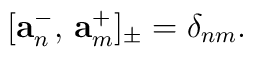
[\mathbf{a}_n^{-},\,\mathbf{a}^{+}_m]_{\pm}=\delta_{nm}.